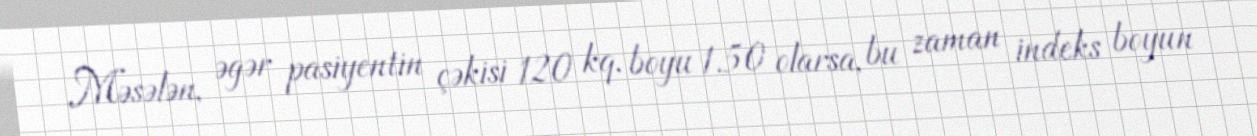
Məsələn, əgər pasiyentin çəkisi 120 kq, boyu 1.50 olarsa, bu zaman indeks boyun